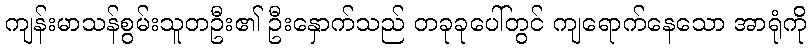
ကျန်းမာသန်စွမ်းသူတဦး၏ ဦးနှောက်သည် တခုခုပေါ်တွင် ကျရောက်နေသော အာရုံကို